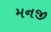
મનજી